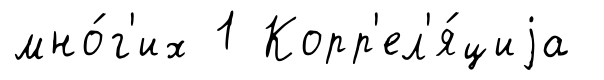
мно́г'их 1 Корр'ел'я́циjа